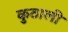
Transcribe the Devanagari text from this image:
कुठाली